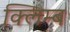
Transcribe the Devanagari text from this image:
क्लिम्ब